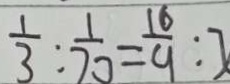
\frac { 1 } { 3 } : \frac { 1 } { 7 0 } = \frac { 1 6 } { 9 } : x